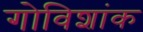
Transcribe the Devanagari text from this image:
गोविशांक